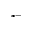
^ { * - }